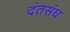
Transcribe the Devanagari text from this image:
दंतसंघ